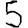
Digit: 5